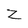
Character: Z